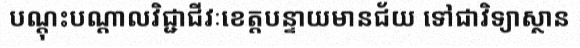
បណ្តុះបណ្តាលវិជ្ជាជីវៈខេត្តបន្ទាយមានជ័យ ទៅជាវិទ្យាស្ថាន